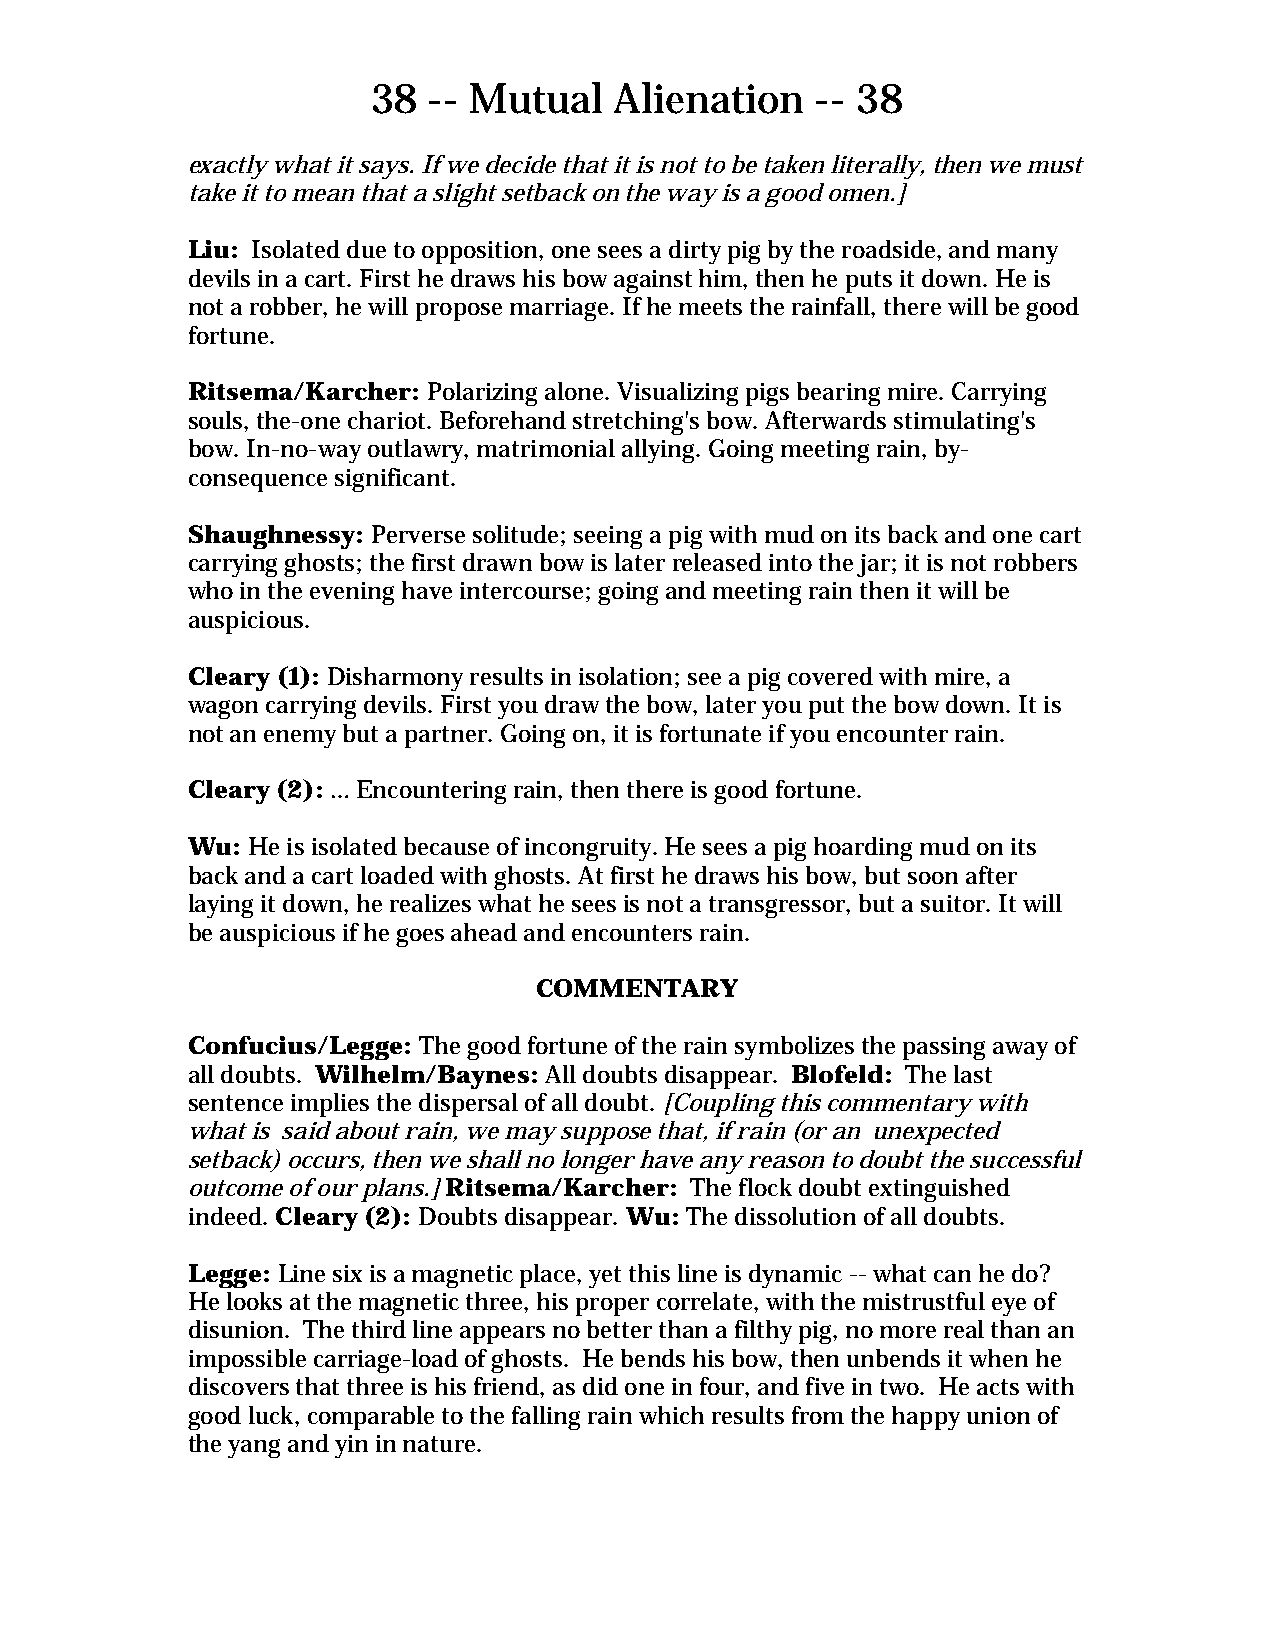
38 -- Mutual    Alienation   -- 38
 exactly what it says. If we decide that it is not to be taken literally, then we must
 take it to mean that a slight setback on the way is a good omen.]
 Liu: Isolated due to opposition, one sees a dirty pig by the roadside, and many
 devils in a cart. First he draws his bow against him, then he puts it down. He is
 not a robber, he will propose marriage. If he meets the rainfall, there will be good
 fortune.
 Ritsema/Karcher: Polarizing alone. Visualizing pigs bearing mire. Carrying
 souls, the-one chariot. Beforehand stretching's bow. Afterwards stimulating's
 bow. In-no-way outlawry, matrimonial allying. Going meeting rain, by-
 consequence significant.
 Shaughnessy: Perverse solitude; seeing a pig with mud on its back and one cart
 carrying ghosts; the first drawn bow is later released into the jar; it is not robbers
 who in the evening have intercourse; going and meeting rain then it will be
 auspicious.
 Cleary (1): Disharmony results in isolation; see a pig covered with mire, a
 wagon carrying devils. First you draw the bow, later you put the bow down. It is
 not an enemy but a partner. Going on, it is fortunate if you encounter rain.
 Cleary (2): … Encountering rain, then there is good fortune.
 Wu: He is isolated because of incongruity. He sees a pig hoarding mud on its
 back and a cart loaded with ghosts. At first he draws his bow, but soon after
 laying it down, he realizes what he sees is not a transgressor, but a suitor. It will
 be auspicious if he goes ahead and encounters rain.
 COMMENTARY
 Confucius/Legge: The good fortune of the rain symbolizes the passing away of
 all doubts. Wilhelm/Baynes: All doubts disappear. Blofeld: The last
 sentence implies the dispersal of all doubt. [Coupling this commentary with
 what is said about rain, we may suppose that, if rain (or an unexpected
 setback) occurs, then we shall no longer have any reason to doubt the successful
 outcome of our plans.] Ritsema/Karcher: The flock doubt extinguished
 indeed. Cleary (2): Doubts disappear. Wu: The dissolution of all doubts.
 Legge: Line six is a magnetic place, yet this line is dynamic -- what can he do?
 He looks at the magnetic three, his proper correlate, with the mistrustful eye of
 disunion. The third line appears no better than a filthy pig, no more real than an
 impossible carriage-load of ghosts. He bends his bow, then unbends it when he
 discovers that three is his friend, as did one in four, and five in two. He acts with
 good luck, comparable to the falling rain which results from the happy union of
 the yang and yin in nature.